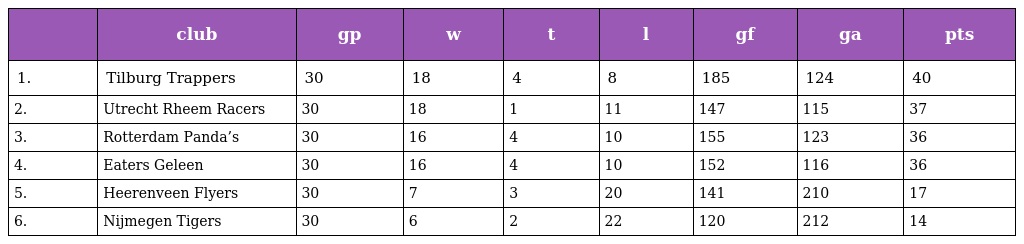
|  | club | gp | w | t | l | gf | ga | pts |
 | --- | --- | --- | --- | --- | --- | --- | --- | --- |
 | 1. | Tilburg Trappers | 30 | 18 | 4 | 8 | 185 | 124 | 40 |
 | 2. | Utrecht Rheem Racers | 30 | 18 | 1 | 11 | 147 | 115 | 37 |
 | 3. | Rotterdam Panda’s | 30 | 16 | 4 | 10 | 155 | 123 | 36 |
 | 4. | Eaters Geleen | 30 | 16 | 4 | 10 | 152 | 116 | 36 |
 | 5. | Heerenveen Flyers | 30 | 7 | 3 | 20 | 141 | 210 | 17 |
 | 6. | Nijmegen Tigers | 30 | 6 | 2 | 22 | 120 | 212 | 14 |